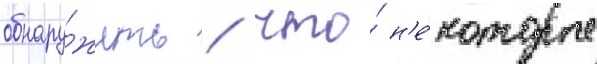
обнару́жить / что́ н'е́которые